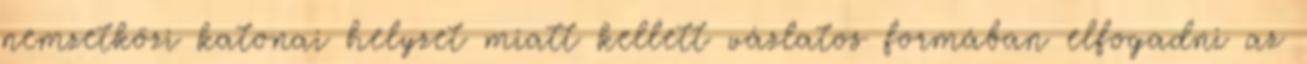
nemzetközi katonai helyzet miatt kellett vázlatos formában elfogadni az